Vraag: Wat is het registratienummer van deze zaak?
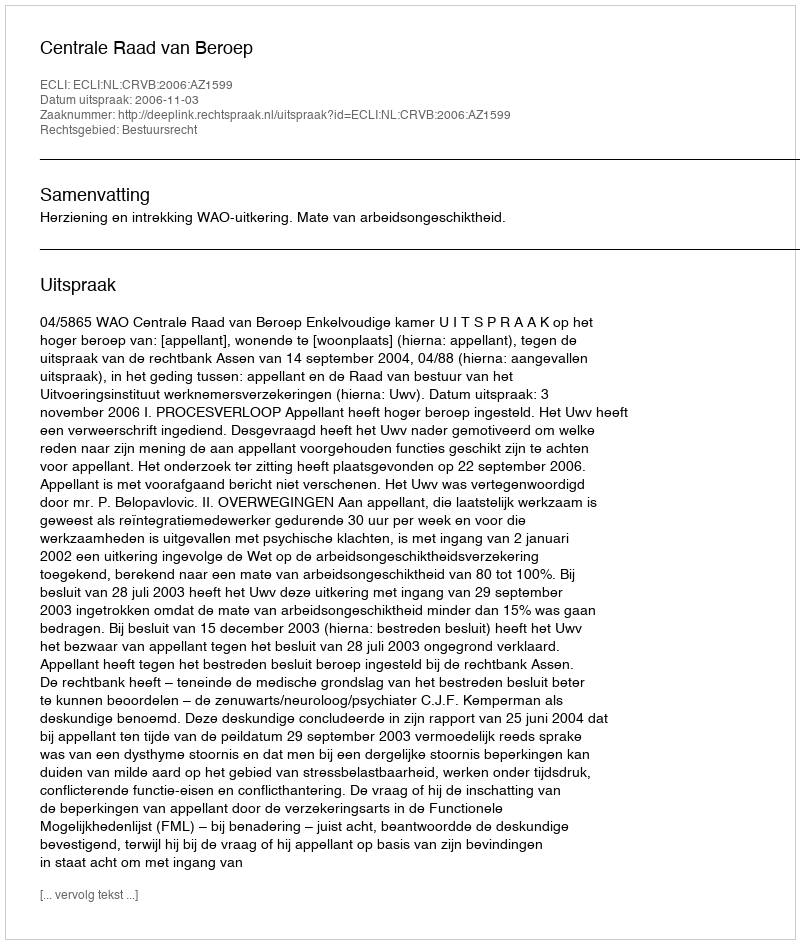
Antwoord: http://deeplink.rechtspraak.nl/uitspraak?id=ECLI:NL:CRVB:2006:AZ1599